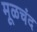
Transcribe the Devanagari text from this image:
मूळचंद